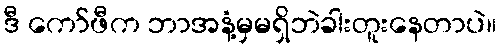
ဒီ ကော်ဖီက ဘာအနံ့မှမရှိဘဲခါးတူးနေတာပဲ။